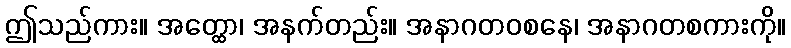
ဤသည်ကား။ အတ္ထော၊ အနက်တည်း။ အနာဂတဝစနေ၊ အနာဂတစကားကို။